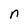
Character: n